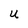
Character: U